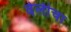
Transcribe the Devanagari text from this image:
वेलीचा